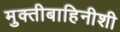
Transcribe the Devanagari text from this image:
मुक्तीबाहिनीशी